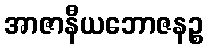
အာဇာနီယဘောဇနဉ္စ